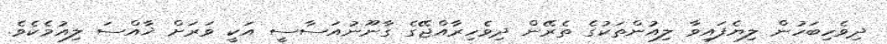
ދިވެހިބަހުން ލިޔެފައިވާ ލިއުންތަކުގެ ތެރޭން ދިވެހިރާއްޖޭގެ ގާނޫނުއަސާސީ އަކީ ވަރަށް ޚާއްސަ ލިއުމެކެވެ.